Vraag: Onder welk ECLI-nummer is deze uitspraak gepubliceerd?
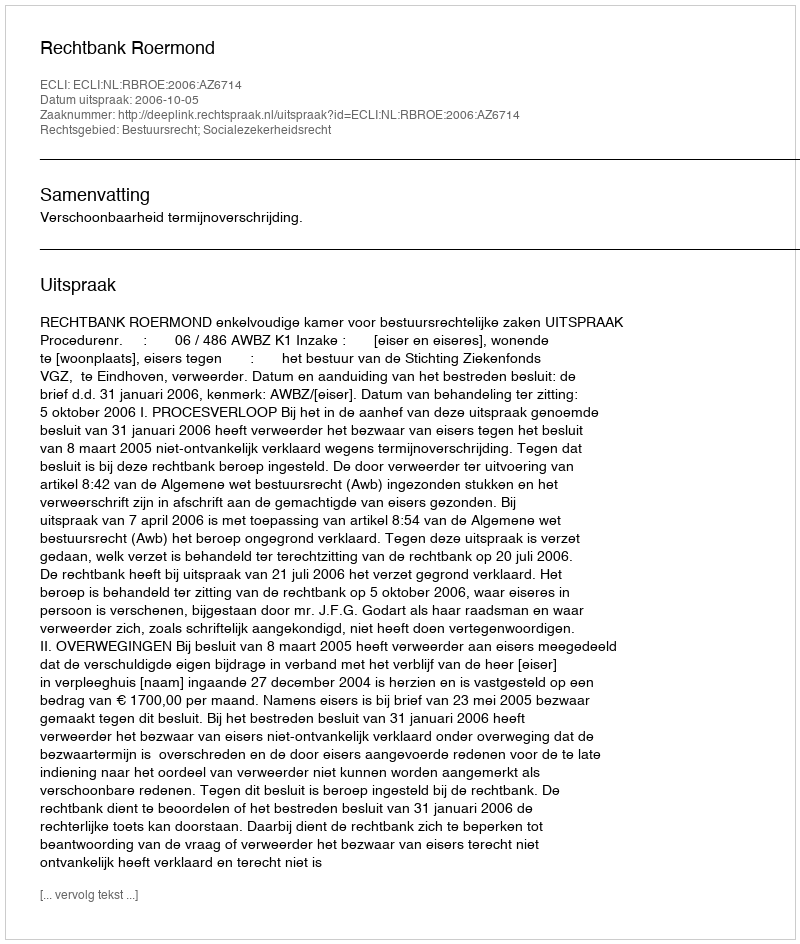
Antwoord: ECLI:NL:RBROE:2006:AZ6714